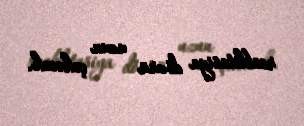
reablitasiya dövrü uzun çəkəcək.